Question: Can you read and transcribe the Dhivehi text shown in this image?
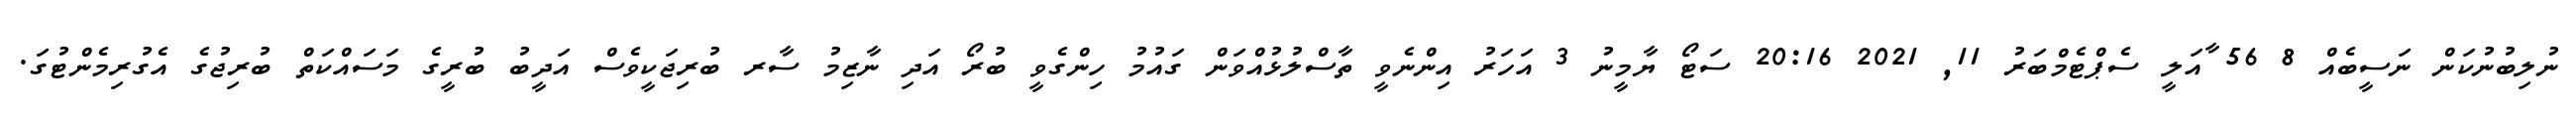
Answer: ނުލިބުނުކަން ނަސީބެއް 8 56 ާއަލީ ސެޕްޓެމްބަރު 11, 2021 20:16 ސަޓޯ ޔާމީނު 3 އަހަރު އިންނެވީ ތާސްލުޅުއްވަން ގައުމު ހިންގެވީ ބުރޯ އަދި ނާޒިމު ސާރ ބުރިޖަކީވެސް އަދީބު ބުރީގެ މަސައްކަތް ބުރިޖުގެ އެގުރިމެންޓުގަ.